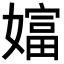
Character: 𡡩